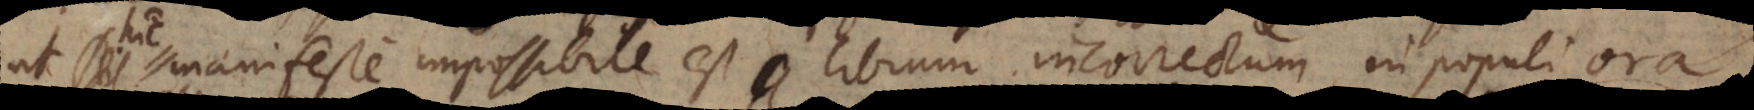
ut si manifeste impossibile est librum incorrectum in populi ora